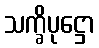
သက္ခိပုဋ္ဌော